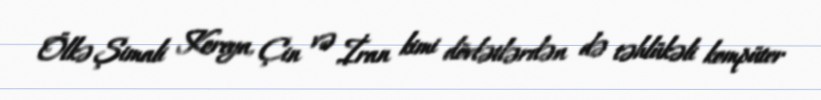
Ölkə Şimali Koreya, Çin və İran kimi dövlətlərdən də təhlükəli kompüter